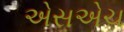
એસએચ